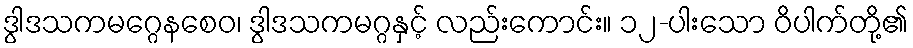
ဒွါဒသကမဂ္ဂေနစေဝ၊ ဒွါဒသကမဂ္ဂနှင့် လည်းကောင်း။ ၁၂-ပါးသော ဝိပါက်တို့၏